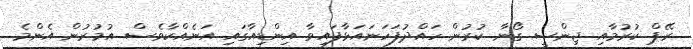
ރޭޕް ކުރުމާއި ޖިންސީ ގޯނާ ކުރުން ހައްދުފަހަނައަޅާފައިވާ އިންޑިއާގައި އަނެއްކާވެސް އުމުރުން އެންމެ